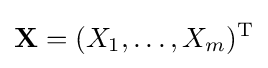
\mathbf {X} =(X_{1},\ldots ,X_{m})^{\mathrm {T} }